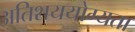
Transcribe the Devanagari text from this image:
अतिशययोग्यता